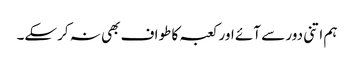
ہم اتنی دور سے آئے اور کعبہ کا طواف بھی نہ کرسکے۔